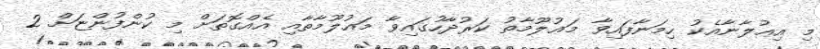
މި އިޢުލާނާއެކު ހިމަނާފައިވާ މަޢުލޫމާތު ކަރުދާހުގައިވާ މަޢުލޫމާތާއި އެއްގޮތަށް މި ކުންފުންޏަށް 2